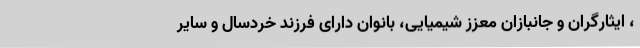
، ایثارگران و جانبازان معزز شیمیایی، بانوان دارای فرزند خردسال و سایر